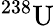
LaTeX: ^{238}\mathrm{U}